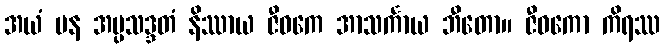
အယံ ပန အပ္ပသဒ္ဒတံ နိဿာယ ဇီဝကေ အာသင်္ကာယ ဘီတော။ ဇီဝကော ကိရဿ